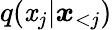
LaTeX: q(\mathit{x}_{j}|\boldsymbol{\mathit{x}}_{<j})